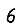
Digit: 6